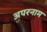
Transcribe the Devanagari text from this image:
अपरनाम